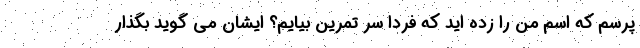
پرسم که اسم من را زده اید که فردا سر تمرین بیایم؟ ایشان می گوید بگذار